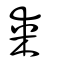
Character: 某